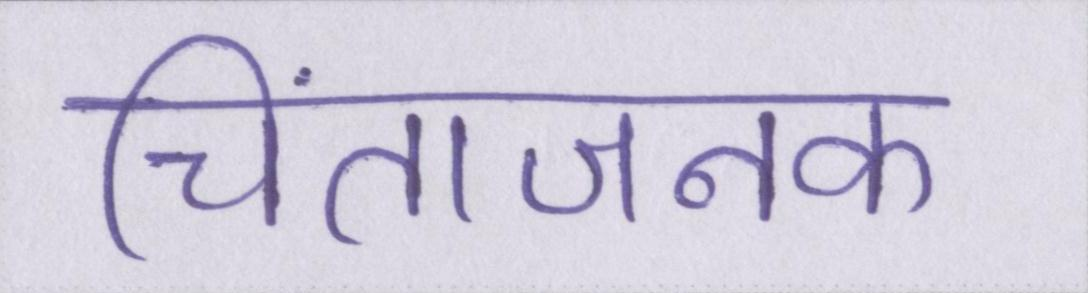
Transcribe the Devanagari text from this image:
चिंताजनक